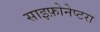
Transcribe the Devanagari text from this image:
साइफ़ोनेप्टरा